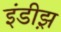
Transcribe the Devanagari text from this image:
इंडीझ़़